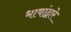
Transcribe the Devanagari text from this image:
भाषांद्वारे